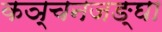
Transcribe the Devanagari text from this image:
कञ्चनजङ्घा